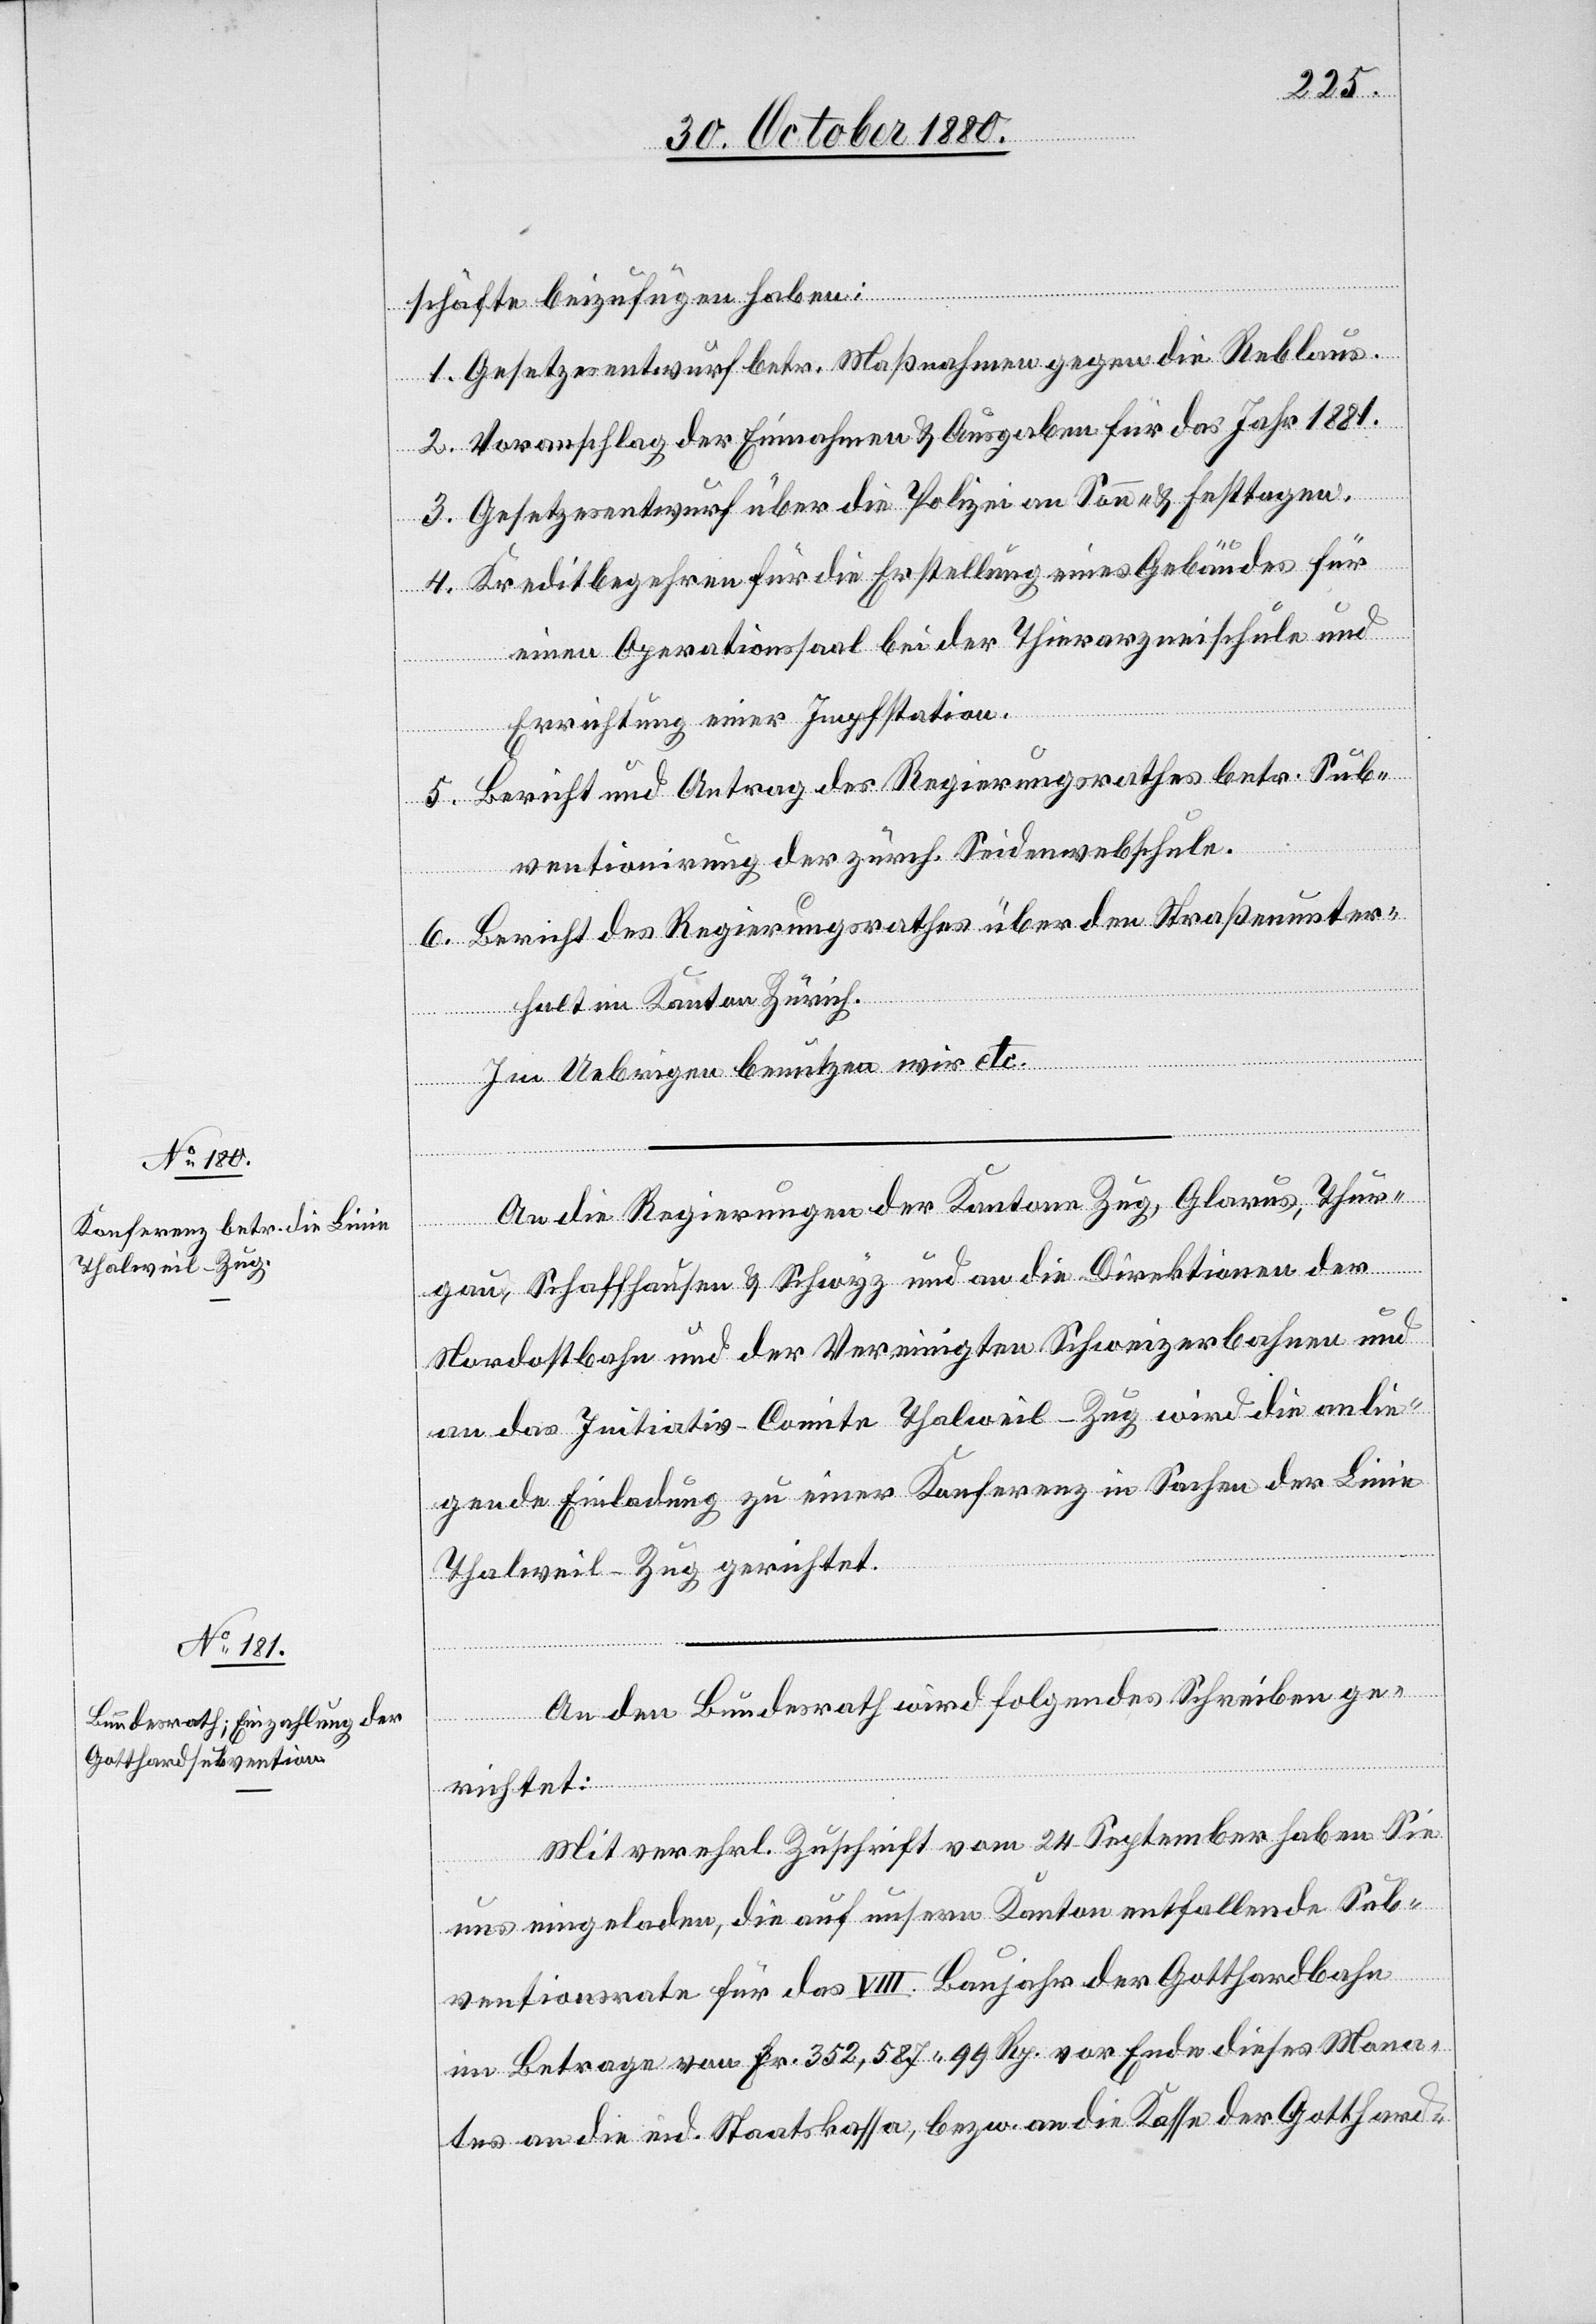
schäfte beizufügen haben:
1. Gesetzesentwurf betr. Maßnahmen gegen die Reblaus.
2. Voranschlag der Einnahmen & Ausgaben für das Jahr 1881.
3. Gesetzesentwurf über die Polizei an Sonn- & Festtagen.
4. Kreditbegehren für die Erstellung eines Gebäudes für
einen Operationsaal bei der Thierarzneischule und
Errichtung einer Impfstation.
5. Bericht und Antrag des Regierungsrathes betr. Sub¬
ventionirung der zürch. Seidenwebschule.
6. Bericht des Regierungsrathes über den Straßenunter¬
halt im Kanton Zürich.
Im Uebrigen benutzen wir etc.
An die Regierungen der Kantone Zug, Glarus, Thur¬
gau, Schaffhausen & Schwyz und an die Direktionen der
Nordostbahn und der Vereinigten Schweizerbahnen und
an das Initiativ-Comite Thalweil–Zug wird die anlie¬
gende Einladung zu einer Konferenz in Sachen der Linie
Thalweil–Zug gerichtet.
An den Bundesrath wird folgendes Schreiben ge¬
richtet:
„Mit verehrl. Zuschrift vom 24. September haben Sie
uns eingeladen, die auf unsern Kanton entfallende Sub¬
ventionsrate für das VIII. Baujahr der Gotthardbahn
im Betrage von Fr. 352,587 99 Rp. vor Ende dieses Mona¬
tes an die eid. Staatskassa, bezw. an die Kasse der Gotthard-